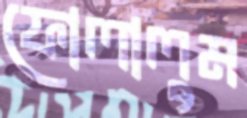
ফোলালুম